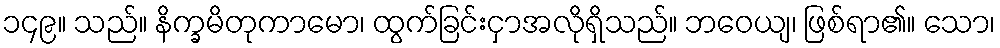
၁၄၉။ သည်။ နိက္ခမိတုကာမော၊ ထွက်ခြင်းငှာအလိုရှိသည်။ ဘဝေယျ၊ ဖြစ်ရာ၏။ သော၊